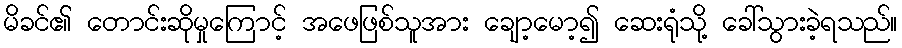
မိခင်၏ တောင်းဆိုမှုကြောင့် အဖေဖြစ်သူအား ချော့မော့၍ ဆေးရုံသို့ ခေါ်သွားခဲ့ရသည်။